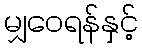
မျှဝေရန်နှင့်